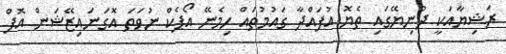
ރަޝިޔާއަކީ ދުނިޔޭގައި ތެޔޮ އުފައްދާ ގައުމުތައް ހިމެނޭ އޯޕެކް ނުވަތަ އޮގަނައިޒޭޝަން އޮފް